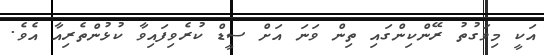
އަކީ މިވަގުތު ރޭންކިންގައި ތިން ވަނަ އަށް ސީޑް ކުރެވިފައިވާ ކުޅުންތެރިއާ އެވެ.